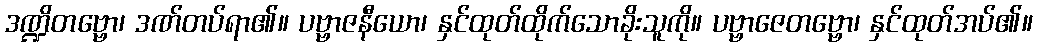
ဒဏ္ဍိတဗ္ဗော၊ ဒဏ်တပ်ရာ၏။ ပဗ္ဗာဇနီယော၊ နှင်ထုတ်ထိုက်သောခိုးသူကို။ ပဗ္ဗာဇေတဗ္ဗော၊ နှင်ထုတ်အပ်၏။